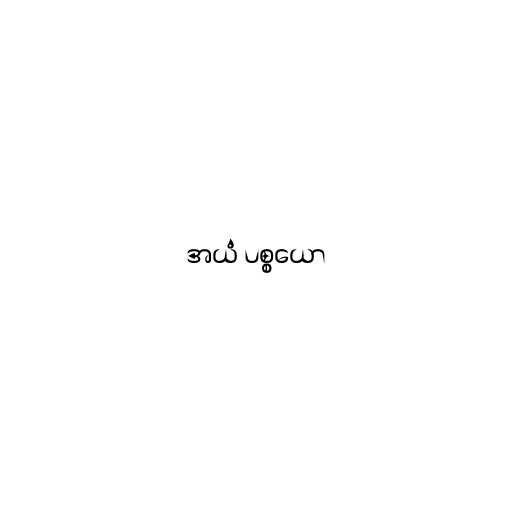
အယံ ပစ္စယော